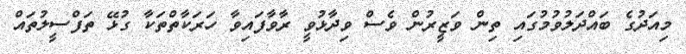
މިއަދުގެ ބައްދަލުވުމުގައި ތިން ވަޒީރުން ވެސް ވިދާޅުވީ ރާވާފައިވާ ހަރަކާތްތަކާ ގުޅޭ ތަފްސީލުތައް